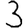
Digit: 3